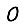
Digit: 0